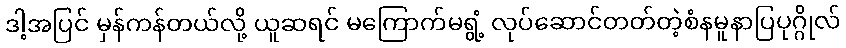
ဒါ့အပြင် မှန်ကန်တယ်လို့ ယူဆရင် မကြောက်မရွံ့ လုပ်ဆောင်တတ်တဲ့စံနမူနာပြပုဂ္ဂိုလ်